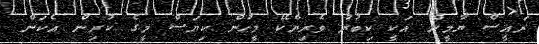
ރައީސް ޔާމީން އަކީ ކިބުރު ވެރިޔެކޭ މީހުން ކިޔަސް މީގެ ކުރިން އެކަން